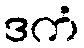
ဒကံ